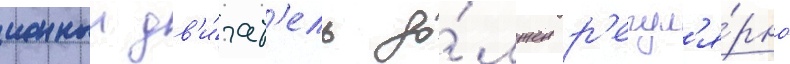
ионныи дв'и́гат'ель до́лжен р'егул'я́рно